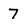
Character: 7